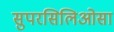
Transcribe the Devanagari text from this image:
सुपरसिलिओसा